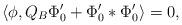
LaTeX: \begin{align*}\langle\phi,Q_B\Phi_0^{\prime}+\Phi_0^{\prime}*\Phi_0^{\prime}\rangle=0, \end{align*}